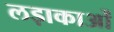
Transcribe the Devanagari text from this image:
लड़ाकाओं